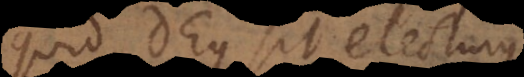
quid Deus sit electurus,